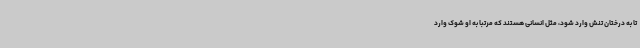
تا به درختان تنش وارد شود، مثل انسانی هستند که مرتبا به او شوک وارد